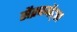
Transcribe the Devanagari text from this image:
सैक्रामेंट्स